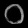
Digit: ၀